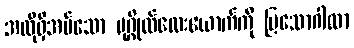
အလိုရှိအပ်သော ပုဂ္ဂိုလ်လေးယောက်ကို ပြသောဂါထာ